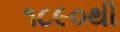
૧૮૯૦થી